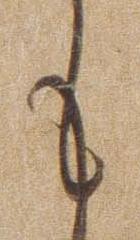
も